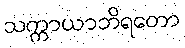
သက္ကာယာဘိရတော